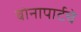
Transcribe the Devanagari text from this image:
बोनापार्टचे